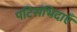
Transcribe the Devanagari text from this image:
पटिसंभिदाएँ